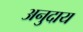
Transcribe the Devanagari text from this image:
अनुदाय